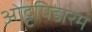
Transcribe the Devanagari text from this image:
ओट्टपिडारम